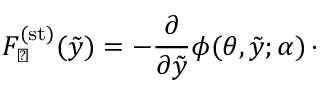
F _ { \perp } ^ { ( \mathrm { s t } ) } ( \tilde { y } ) = - \frac { \partial } { \partial \tilde { y } } \phi ( \theta , \tilde { y } ; \alpha ) \, \cdot